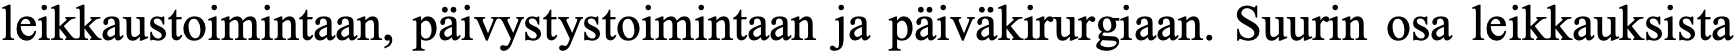
leikkaustoimintaan, päivystystoimintaan ja päiväkirurgiaan. Suurin osa leikkauksista